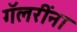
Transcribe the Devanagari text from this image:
गॅलरींना